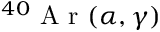
^ { 4 0 } \mathrm { ~ A ~ r ~ } ( \alpha , \gamma )